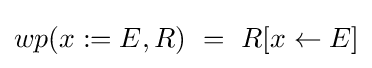
wp(x:=E,R)\ =\ R[x\leftarrow E]